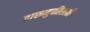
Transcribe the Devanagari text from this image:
दारूमुक्तीसाठी